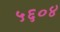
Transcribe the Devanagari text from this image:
५६०४